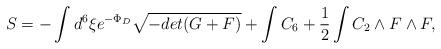
LaTeX: \begin{align*}S=-\int d^{6}\xi e^{-\Phi_{D}}\sqrt{-det(G+F)} + \int C_{6} +{1\over2} \int C_{2}\wedge F\wedge F ,\end{align*}